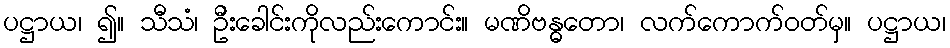
ပဋ္ဌာယ၊ ၍။ သီသံ၊ ဦးခေါင်းကိုလည်းကောင်း။ မဏိဗန္ဓတော၊ လက်ကောက်ဝတ်မှ။ ပဋ္ဌာယ၊